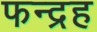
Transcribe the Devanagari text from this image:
फन्द्रह